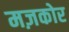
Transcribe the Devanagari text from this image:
मज़कोर